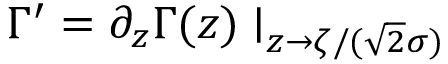
\Gamma ^ { \prime } = \partial _ { z } \Gamma ( z ) \mid _ { z \rightarrow \zeta / ( \sqrt { 2 } \sigma ) }